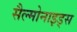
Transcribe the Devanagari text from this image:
सैल्मोनाइड्स